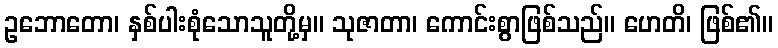
ဥဘောတော၊ နှစ်ပါးစုံသောသူတို့မှ။ သုဇာတာ၊ ကောင်းစွာဖြစ်သည်။ ဟေတိ၊ ဖြစ်၏။